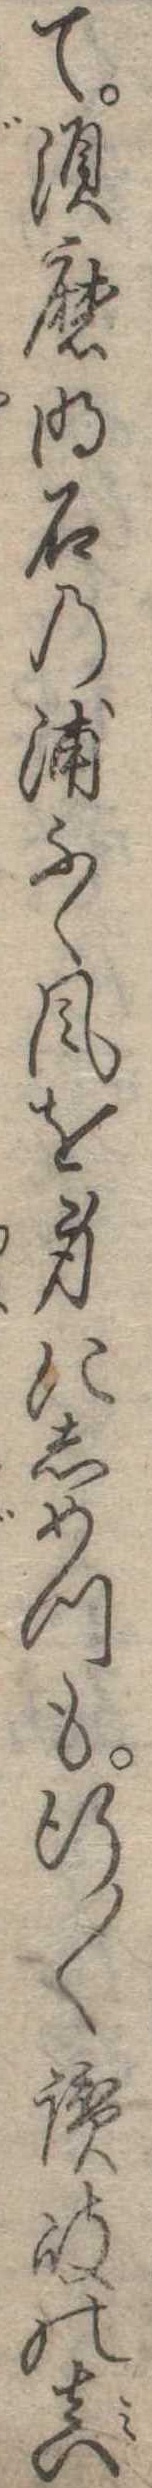
て須磨明石の浦ふく風を身にしめつも行〱讃岐の真